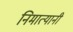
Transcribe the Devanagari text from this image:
निमात्यानी